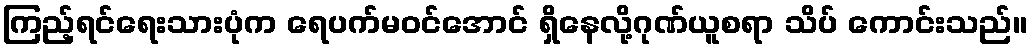
ကြည့်ရင်ရေးသားပုံက ရေပက်မဝင်အောင် ရှိနေလို့ဂုဏ်ယူစရာ သိပ် ကောင်းသည်။